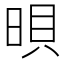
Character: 𣇜